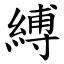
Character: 縛